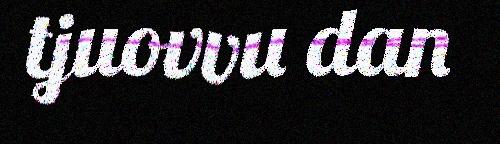
tjuovvu dan